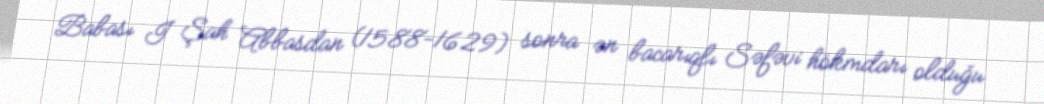
Babası I Şah Abbasdan (1588-1629) sonra ən bacarıqlı Səfəvi hökmdarı olduğu